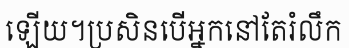
ឡើយ។ប្រសិនបើអ្នកនៅតែរំលឹក